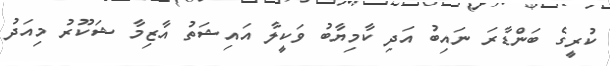
ކުރީގެ ބަންޑާރަ ނައިބު އަދި ކާމިޔާބު ވަކީލާ އައިޝަތު އާޒިމާ ޝަކޫރު މިއަދު